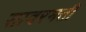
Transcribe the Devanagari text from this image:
सावरमती